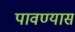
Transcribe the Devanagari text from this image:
पावण्यास